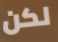
لكن